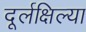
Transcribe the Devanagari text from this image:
दूर्लक्षिल्या